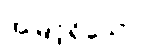
အမြင့်ရှိသော